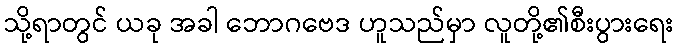
သို့ရာတွင် ယခု အခါ ဘောဂဗေဒ ဟူသည်မှာ လူတို့၏စီးပွားရေး